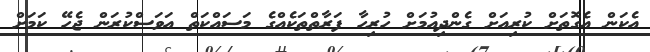
އެކަން އެގޮތަށް ކުރިއަށް ގެންދިއުމަށް ހުރިހާ ފަރާތްތަކެއްގެ މަސައްކަތް އަވަސްކުރަން ޖެހޭ ކަމަށް